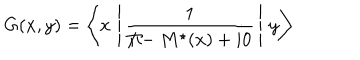
G ( x , y ) = \left< x \, \left| \, \frac { 1 } { { \Pi / } - M ^ { \star } ( x ) + i 0 } \, \right| \, y \right>